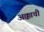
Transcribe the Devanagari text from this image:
अक्काची